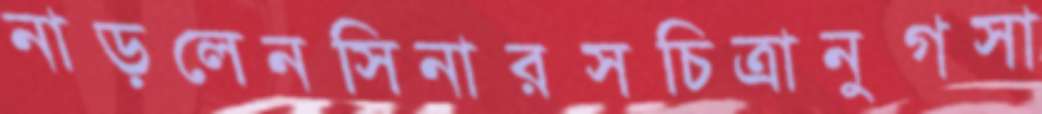
নাড়লেনসিনারসচিত্রানুগসা